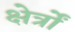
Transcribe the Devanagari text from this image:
क्षेर्त्रों